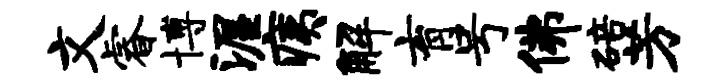
文睿博渥痍解育号佛碚芳